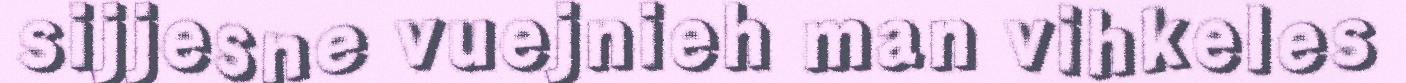
sijjesne vuejnieh man vihkeles